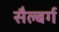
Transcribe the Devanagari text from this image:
सैल्बर्ग